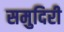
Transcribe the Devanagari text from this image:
समुदिरी